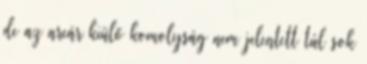
de az arcár kiülő komolyság nem jelentett túl sok